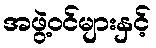
အဖွဲ့ဝင်များနှင့်